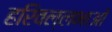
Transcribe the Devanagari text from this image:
हरिवल्लभाओं